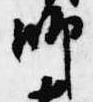
師